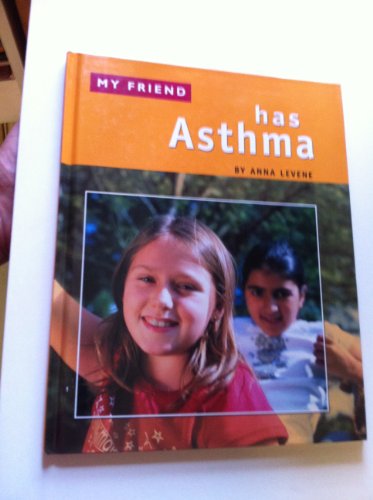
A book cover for Has Asthma (My Friend); Anna Levene; Health, Fitness & Dieting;